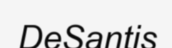
DeSantis